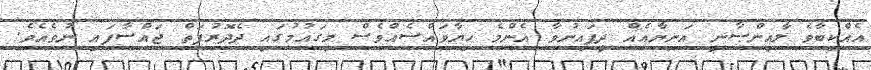
އެއްކިބާވެ ލާއިންސާނީ އަނިޔާއެއް ދީފައިނުވާ އެންމެ ހިޔާވައްސެއްވެސް މިގައުމުގައި ދެދޮރުފަތް ޖައްސާފައި ނުވެއެވެ.